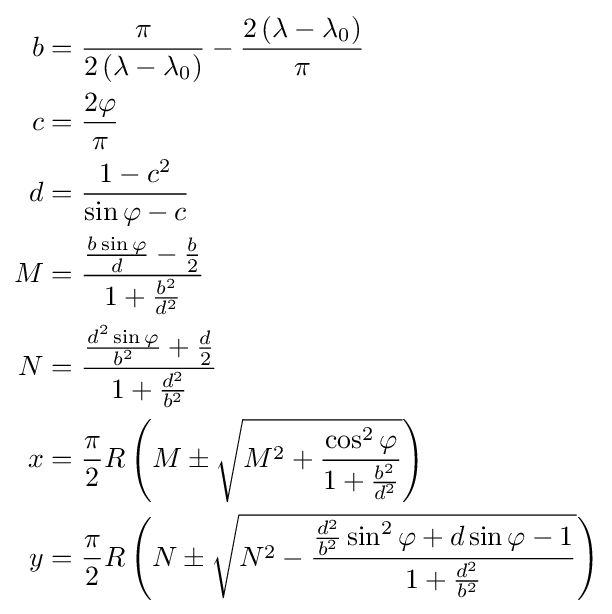
{\begin{aligned}b&={\frac {\pi }{2\left(\lambda -\lambda _{0}\right)}}-{\frac {2\left(\lambda -\lambda _{0}\right)}{\pi }}\\c&={\frac {2\varphi }{\pi }}\\d&={\frac {1-c^{2}}{\sin \varphi -c}}\\M&={\frac {{\frac {b\sin \varphi }{d}}-{\frac {b}{2}}}{1+{\frac {b^{2}}{d^{2}}}}}\\N&={\frac {{\frac {d^{2}\sin \varphi }{b^{2}}}+{\frac {d}{2}}}{1+{\frac {d^{2}}{b^{2}}}}}\\x&={\frac {\pi }{2}}R\left(M\pm {\sqrt {M^{2}+{\frac {\cos ^{2}\varphi }{1+{\frac {b^{2}}{d^{2}}}}}}}\right)\\y&={\frac {\pi }{2}}R\left(N\pm {\sqrt {N^{2}-{\frac {{\frac {d^{2}}{b^{2}}}\sin ^{2}\varphi +d\sin \varphi -1}{1+{\frac {d^{2}}{b^{2}}}}}}}\right)\end{aligned}}